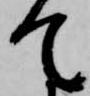
て